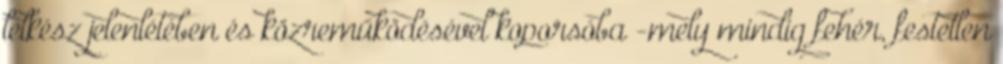
lelkész jelenlétében és közreműködésével koporsóba -mely mindig fehér, festetlen